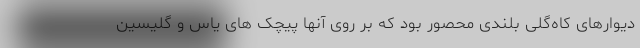
دیوارهای کاه‌گلی بلندی محصور بود که بر روی آنها پیچک های یاس و گلیسین